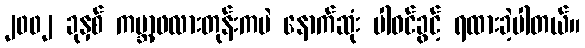
၂၀၀၂ ခုနှစ် ကမ္ဘာ့ဖလားတုန်းကပဲ နောက်ဆုံး ပါဝင်ခွင့် ရထားခဲ့ပါတယ်။